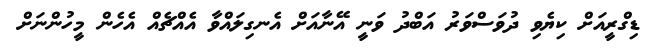
ޑިގްރީއަށް ކިޔެވި ދުވަސްވަރު އަބްދު ވަނީ އޭނާއަށް އެނގިލައްވާ އެއްޗެއް އެހެން މީހުންނަށް